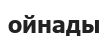
ойнады